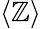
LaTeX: \langle\mathbb{Z}\rangle